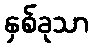
နှစ်ခုသာ